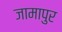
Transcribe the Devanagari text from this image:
जामापुर